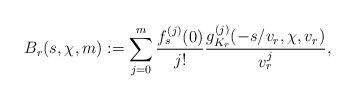
LaTeX: \begin{align*}B_r(s,\chi,m):=\sum_{j=0}^m \frac{f_s^{(j)}(0)}{j!}\frac{g_{K_r}^{(j)}(-s/v_r,\chi,v_r)}{v_r^j}, \end{align*}